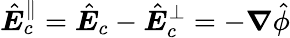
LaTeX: \hat{\boldsymbol E}_{c}^{\parallel}=\hat{\boldsymbol E}_{c}-\hat{\boldsymbol E}_{c}^{\perp}=-\boldsymbol\nabla\hat{\phi}